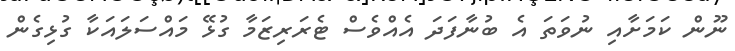
ނޫން ކަމަށާއި ނުވަތަ އެ ބުނާފަދަ އެއްވެސް ޓެރަރިޒަމާ ގުޅޭ މައްސަލައަކާ ގުޅިގެން